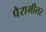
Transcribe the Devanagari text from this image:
पैरामीतर